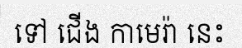
ទៅ ជើង កាមេរ៉ា នេះ